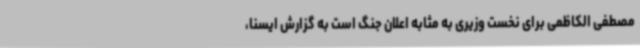
مصطفی الکاظمی برای نخست وزیری به مثابه اعلان جنگ است به گزارش ایسنا،